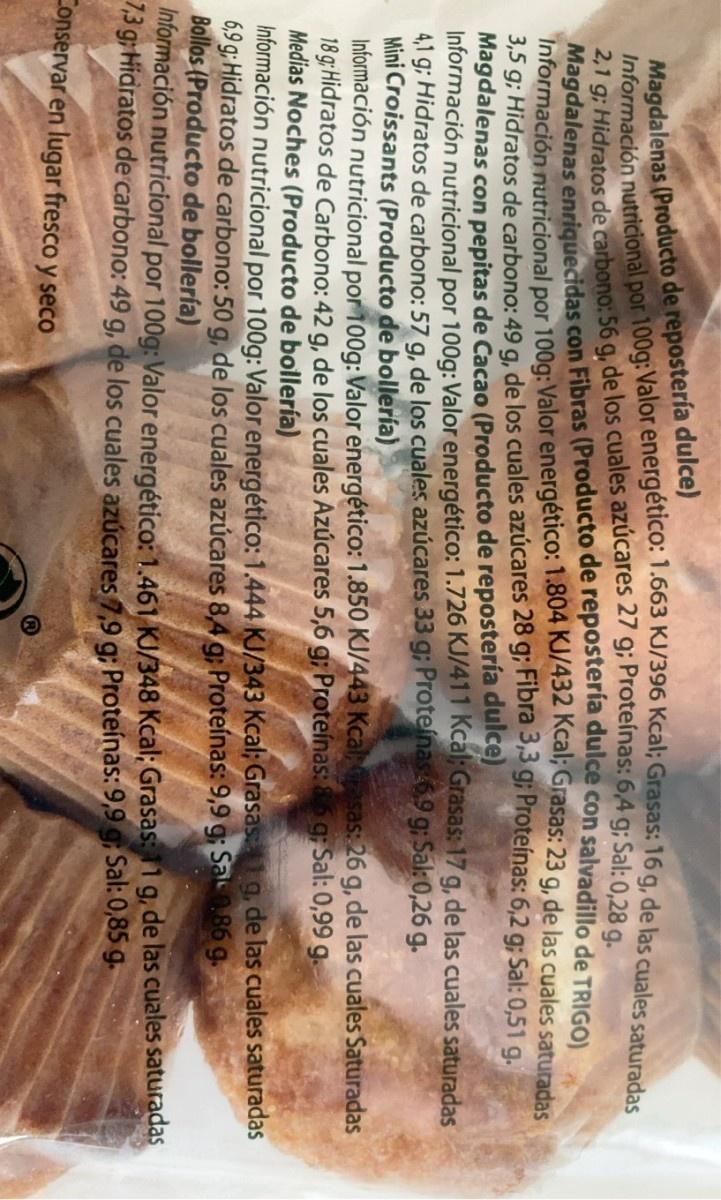
Magdalenas (Producto de repostería dulce) Información nutricional por 100g:Valor energético: 1.663 KJ/396 Kcal; Grasas: 16 g, de las cuales saturadas
2,1 g; Hidratos de carbono: 56 g, de los cuales azúcares 27 9; Proteínas: 6,4 a: Sal: 0 2 Magdalenas enriquecidas con Fibras (Producto de reposteria dulce con salvadillo de TRIGOL Información nutricional por 100g: Valor energético:1.804 KJ/432 Kcaiy Grasas: 23 g, de las cuales saturadas 3,5 g; Hidratos de carbono: 49 g, de los cuales azúcares 28 g; Fibra S g; Proteínas: 6,2 g; Sal: 0,51 g. Magdalenas con pepitas de Cacao (Producto de repostería dulce) Información nutricional por 100g: Valor energético: 1.726 KJ/411 Kcal Grasas: 17 g, de las cuales saturadas 4,1 g; Hidratos de carbono: 57 g, de los cuales azúcares 33 g; Proteinas 6,9 g; Sal: 0,26 g. Mini Croissants (Producto de bollería) Información nutricional por 100g: Valor energético: 1.850 KJ/443 Kcal sas: 26 g, de las cuales Saturadas 18 g; Hidratos de Carbono: 42 g, de los cuales Azúcares 5,6 g; Proteínas: &5 g; Sal: 0,99 g. Medias Noches (Producto de bollería) Información nutricional por 100g: Valor energético: 1.444 KJ/343 Kcal; Grasaslg, de las cuales saturadas 6,9 g; Hidratos de carbono: 50 g, de los cuales azúcares 8,4 g; Proteínas: 9,9 g; Sal86 g. Bollos (Producto de bollería) Información nutricional por 100g: Valor energético: 1.461 KJ/348 Kcal; Grasas: 11 g, de las cuales saturadas 73 g Hidratos de carbono: 49 g, de los cuales azúcares 7,9 g; Proteínas: 9,9 g Sal: 0,85 g.
Conservar en lugar fresco y seco